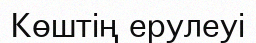
Көштің ерулеуі